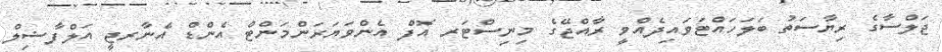
ޖަލްސާގެ ރިޔާސަތު ބަލަހައްޓަވައިދެއްވީ ރާއްޖޭގެ މިނިސްޓަރ އޮފް އެންވަޔަރަންމަންޓް އެންޑް އެނާރޖީ އަލްފާޟިލް